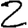
Digit: 2